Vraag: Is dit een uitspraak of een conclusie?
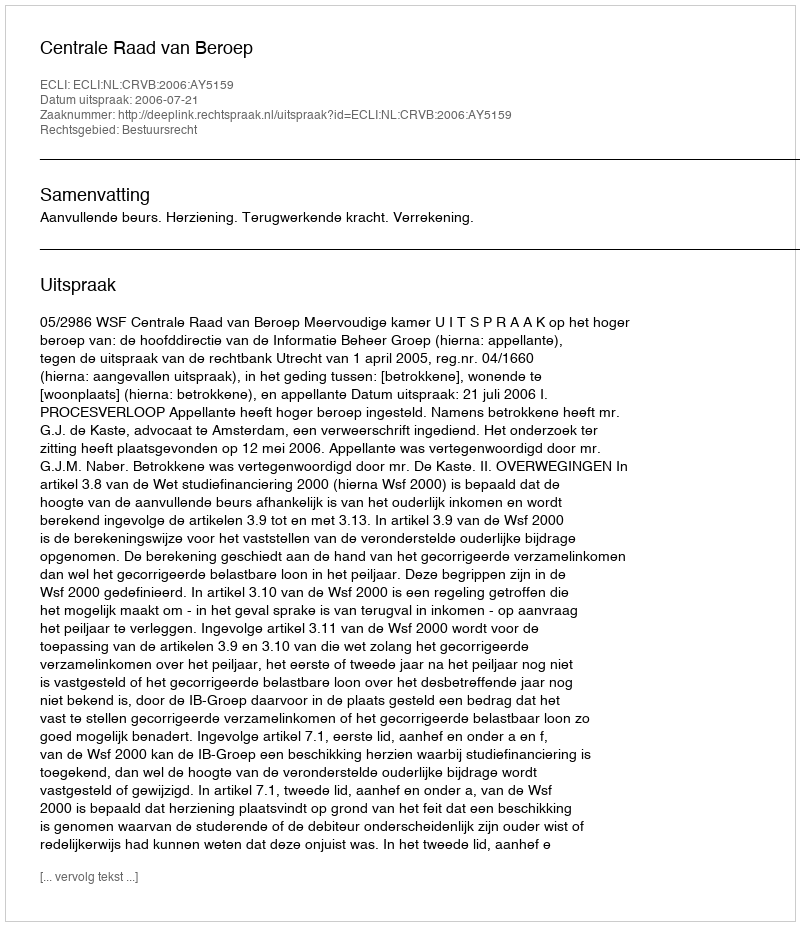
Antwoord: Uitspraak